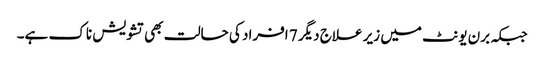
جبکہ برن یونٹ میں زیر علاج دیگر 7 افراد کی حالت بھی تشویش ناک ہے۔